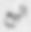
البيع